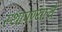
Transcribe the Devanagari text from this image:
स्थापण्याचें